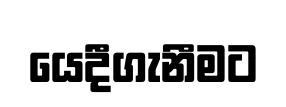
යෙදීගැනීමට